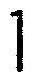
1